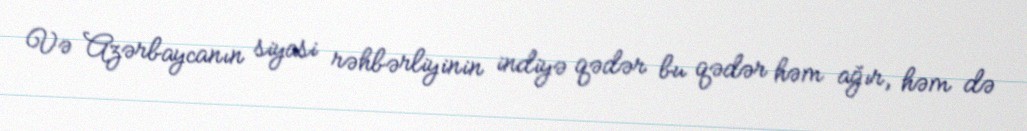
Və Azərbaycanın siyasi rəhbərliyinin indiyə qədər bu qədər həm ağır, həm də